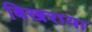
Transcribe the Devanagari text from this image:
बिखराया